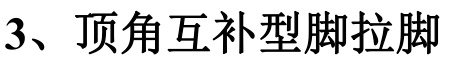
3、顶角互补型脚拉脚